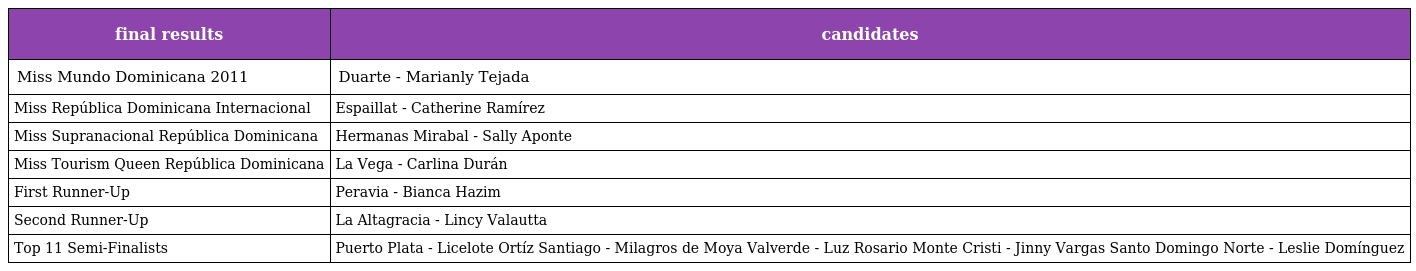
| final results | candidates |
 | --- | --- |
 | Miss Mundo Dominicana 2011 | Duarte - Marianly Tejada |
 | Miss República Dominicana Internacional | Espaillat - Catherine Ramírez |
 | Miss Supranacional República Dominicana | Hermanas Mirabal - Sally Aponte |
 | Miss Tourism Queen República Dominicana | La Vega - Carlina Durán |
 | First Runner-Up | Peravia - Bianca Hazim |
 | Second Runner-Up | La Altagracia - Lincy Valautta |
 | Top 11 Semi-Finalists | Puerto Plata - Licelote Ortíz Santiago - Milagros de Moya Valverde - Luz Rosario Monte Cristi - Jinny Vargas Santo Domingo Norte - Leslie Domínguez |